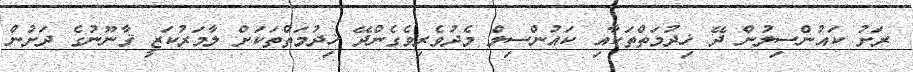
ރަށު ކައުންސިލުން ދޭ ޚިދުމަތްތަކާއި ކައުންސިލް މެދުވެރިވެގެންދޭ ޚިދުމަތްތަކަށް ލާމަރުކަޒީ ޤާނޫނުގެ ދަށުން